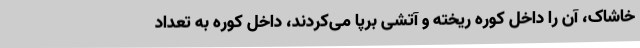
خاشاک، آن را داخل کوره ریخته و آتشی برپا می‌کردند، داخل کوره به تعداد